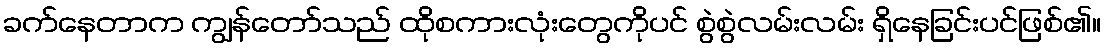
ခက်နေတာက ကျွန်တော်သည် ထိုစကားလုံးတွေကိုပင် စွဲစွဲလမ်းလမ်း ရှိနေခြင်းပင်ဖြစ်၏။